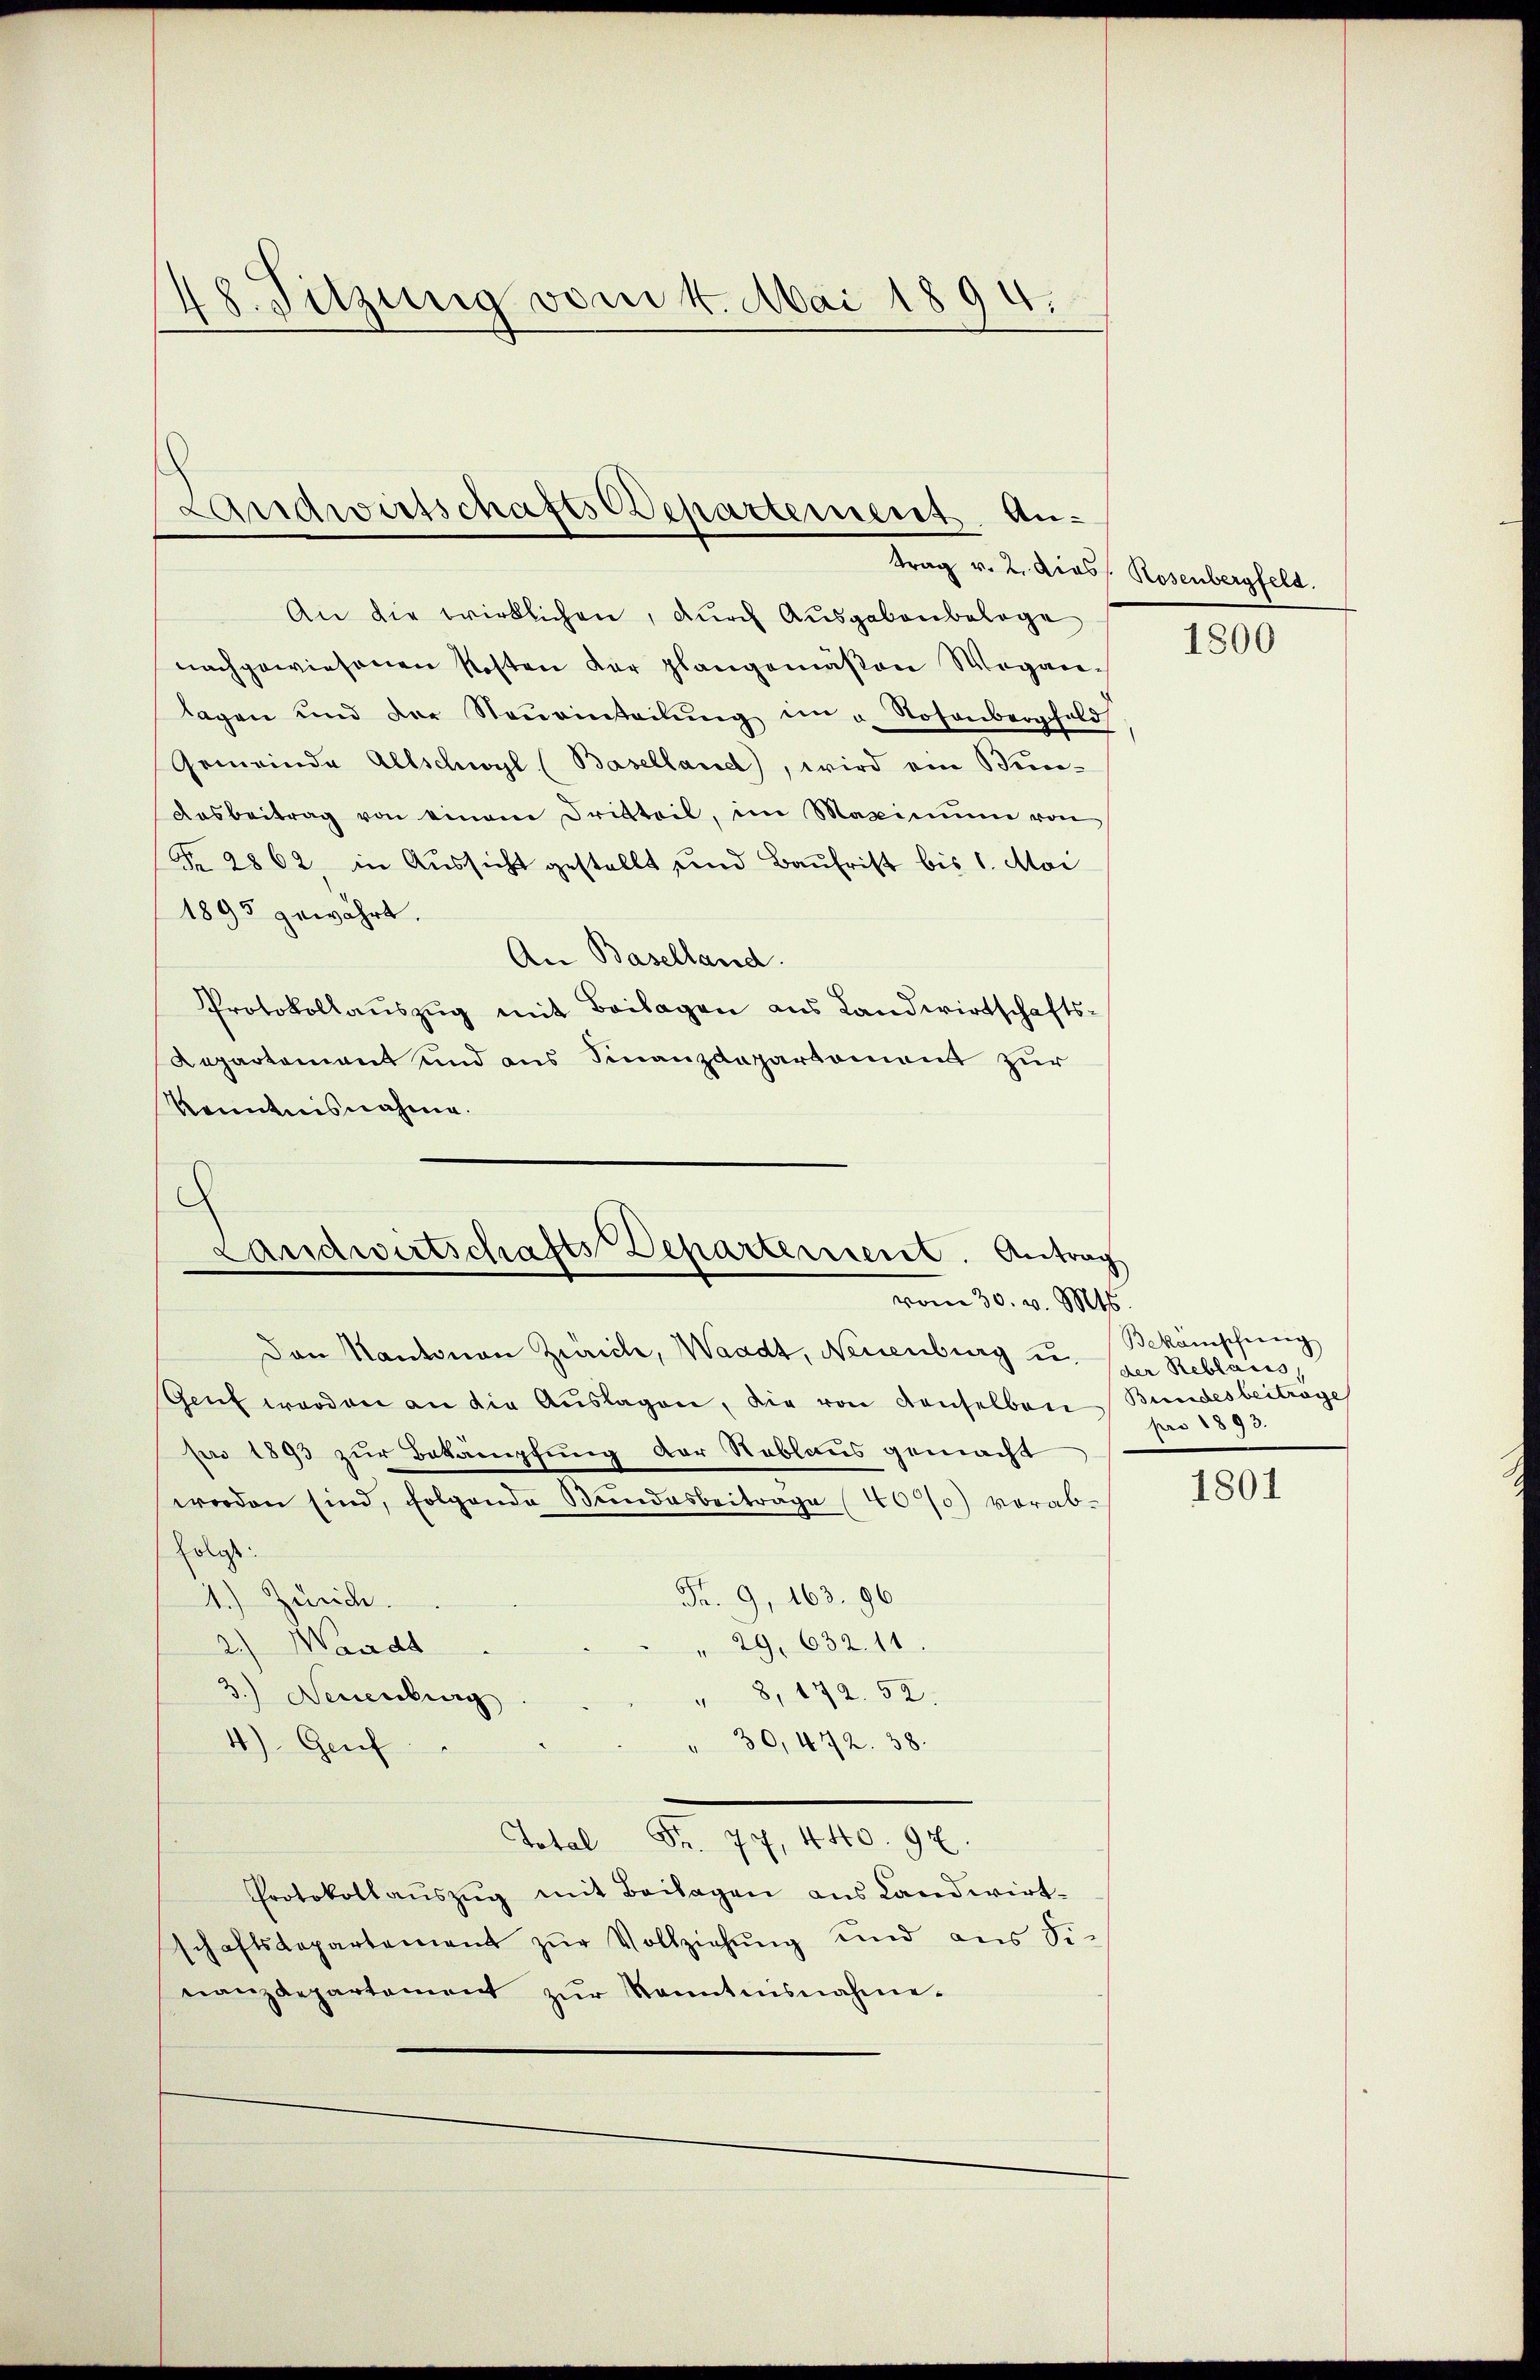
48. Sitzung vom 4. Mai 1894.

Landwirtschafts Cesartement Antrag v. 2. diess. Rosenbergfeld.

An die wirklichen, durch Ausgabenbelage
nachgewiesenen Kosten der plangemäßen Wegan-
lagen und der Neŭrinteilŭng im u. Rosenbergold
Gemeinde Allschwyl (Baselland), wird ein Bun¬
Aasbeitrag von einem Dritteil, im Maximum von
Fr. 2862 in Aussicht gestellt und Baufrist bis 1. Mai
1893 gewährt.
An Baselland.
Protokollaŭszŭg mit Beilagen aus Landwirtschafts-
Lepartement und aus Finanzdepartement zur
Kenntnisnahme.
c

Landwirtschafts Departement. Antrag
vom 30. v. Mts.

Den Kantonen Zürich, Waadt, Neuenburg u. spar Reblais,
Genf worden an die Aŭslagen, die von denselben Bundesbeitrage
pro 1893 zur Bekämpfung der Reblaus gemacht
werden sind, folgende Stŭndesbeitrage (40/0) vorab¬
Erlass
Fr. 9, 163. 96
4.) Zürich.
" 29. 632. 11.
Waadt
d
" 8, 172. 52.
3.) Neuenburg
4) Genf
" 30, 442. 38.
Total
Fr. 77, 440. 92.
Protokollaŭszŭg mit Beilagen aus Landwirt-
schaftsdepartement zŭr Vollziehŭng und aus Fi-
nanzdepartement zŭr Kenntnisnahme.

1800

Bekämpfung
pro 1893.

1801